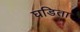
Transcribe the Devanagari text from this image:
घडिता